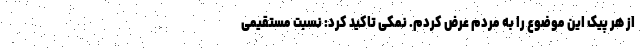
از هر پیک این موضوع را به مردم عرض کردم. نمکی تاکید کرد: نسبت مستقیمی